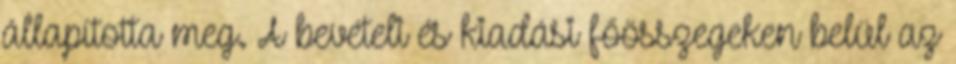
állapította meg. A bevételi és kiadási főösszegeken belül az